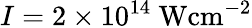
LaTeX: I=2\times 10^{14}~\mathrm{Wcm}^{-2}